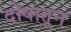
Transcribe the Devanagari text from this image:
दोषातून